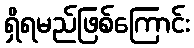
ရှိရမည်ဖြစ်ကြောင်း